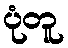
ပုံတူ